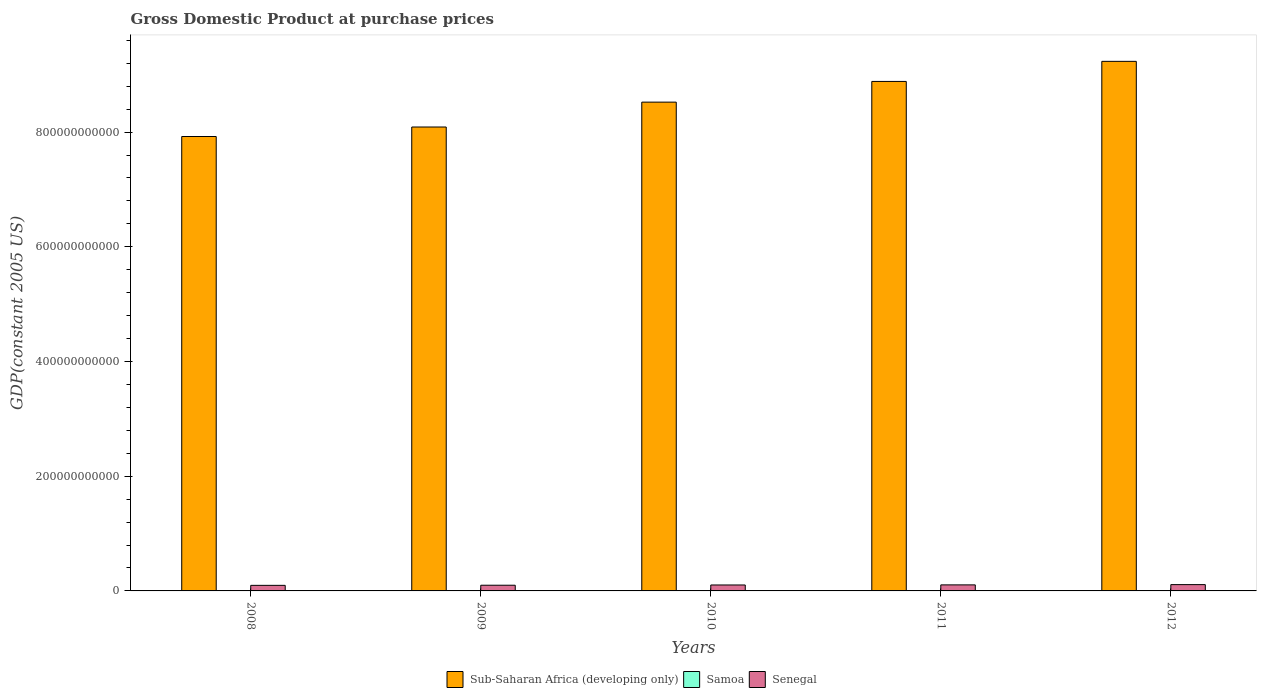
| Years | Sub-Saharan Africa (developing only) | Samoa | Senegal |
 | --- | --- | --- | --- |
 | 2008 | 7.92e+11 | 5.1e+08 | 9.71e+09 |
 | 2009 | 8.09e+11 | 4.85e+08 | 9.94e+09 |
 | 2010 | 8.52e+11 | 4.88e+08 | 1.04e+10 |
 | 2011 | 8.88e+11 | 5.16e+08 | 1.05e+10 |
 | 2012 | 9.23e+11 | 5.18e+08 | 1.1e+10 |